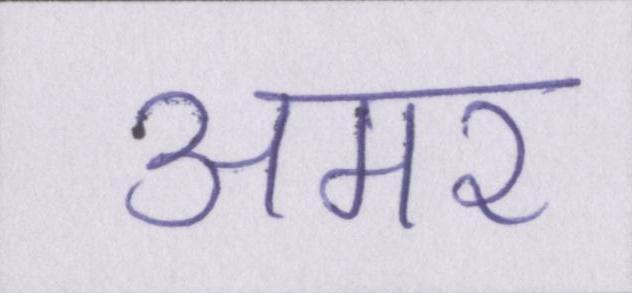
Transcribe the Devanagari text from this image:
अमर